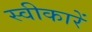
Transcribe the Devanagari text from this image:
स्वीकारें